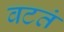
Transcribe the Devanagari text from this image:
वटतं